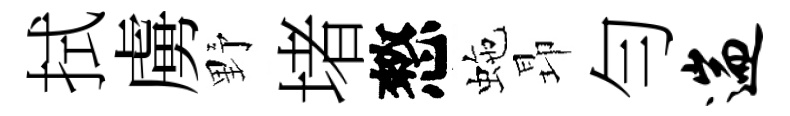
拭虜野堵憗虵昻勻遄